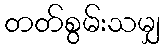
တတ်စွမ်းသမျှ